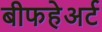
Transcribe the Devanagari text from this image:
बीफहेअर्ट